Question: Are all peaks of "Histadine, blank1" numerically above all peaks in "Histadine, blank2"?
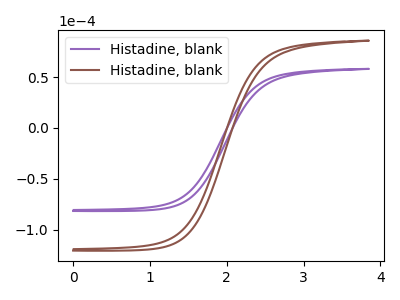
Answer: <think>The purple curve "Histadine, blank1" has no peaks. The brown curve "Histadine, blank2" has no peaks.</think>
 <answer>Niether CV has any peaks.</answer>
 <eval>blanks</eval>